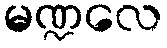
မဏ္ဍလေ